Report of the Indian Hemp Drugs Commission, 1894-1895 - Volume VIII
Year: 1894
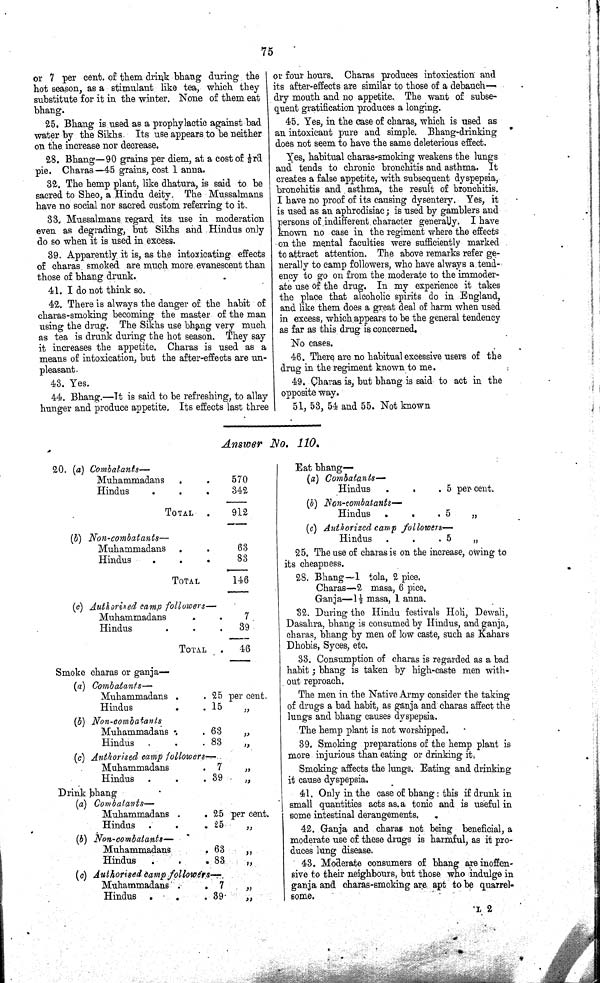
75
or 7 per cent. of them drink bhang during the
hot season, as a stimulant like tea, which they
substitute for it in the winter. None of them eat
bhang.
25. Bhang is used as a prophylactic against bad
water by the Sikhs. Its use appears to be neither
on the increase nor decrease.
28. Bhang—90 grains per diem, at a cost of 1/3rd
pie. Charas—45 grains, cost 1 anna.
32. The hemp plant, like dhatura, is said to be
sacred to Sheo, a Hindu deity. The Mussalmans
have no social nor sacred custom referring to it.
33. Mussalmans regard its use in moderation
even as degrading, but Sikhs and Hindus only
do so when it is used in excess.
39. Apparently it is, as the intoxicating effects
of charas smoked are much more evanescent than
those of bhang drunk.
41. I do not think so.
42. There is always the danger of the habit of
charas-smoking becoming the master of the man
using the drug. The Sikhs use bhang very much
as tea is drunk during the hot season. They say
it increases the appetite. Charas is used as a
means of intoxication, but the after-effects are un-
pleasant.
43. Yes.
44. Bhang.—It is said to be refreshing, to allay
hunger and produce appetite. Its effects last three
or four hours. Charas produces intoxication and
its after-effects are similar to those of a debauch—
dry mouth and no appetite. The want of subse-
quent gratification produces a longing.
45. Yes, in the case of charas, which is used as
an intoxicant pure and simple. Bhang-drinking
does not seem to have the same deleterious effect.
Yes, habitual charas-smoking weakens the lungs
and tends to chronic bronchitis and asthma. It
creates a false appetite, with subsequent dyspepsia,
bronchitis and asthma, the result of bronchitis.
I have no proof of its causing dysentery. Yes, it
is used as an aphrodisiac; is used by gamblers and
persons of indifferent character generally. I have
known no case in the regiment where the effects
on the mental faculties were sufficiently marked
to attract attention. The above remarks refer ge-
nerally to camp followers, who have always a tend-
ency to go on from the moderate to the immoder-
ate use of the drug. In my experience it takes
the place that alcoholic spirits do in England,
and like them does a great deal of harm when used
in excess, which appears to be the general tendency
as far as this drug is concerned.
No cases.
46. There are no habitual excessive users of the
drug in the regiment known to me.
49. Charas is, but bhang is said to act in the
opposite way.
51, 53, 54 and 55. Not known
Answer No. 110.
20. (a) Combatants—
Muhammadans
570
Hindus
342
TOTAL
912
(b) Non-combatants—
Muhammadans
63
Hindus
83
TOTAL
146
(c) Authorised camp followers—
Muhammadans
7
Hindus
39
TOTAL
46
Smoke charas or ganja—
(a) Combatants—
Muhammadans
25 per cent
Hindus
15
"
(5) Non-combatants
Muhammadans
63 "
Hindus
83
"
(c) Authorised camp followers—
Muhammadans
7 "
Hindus
39
"
Drink bhang
(a) Combatants—
Muhammadans
25 per cent.
Hindus
25
"
(b) Non-combatants—
Muhammadans
63
"
Hindus
83
"
(c) Authorised camp followers—
Muhammadans
7 "
Hindus
39
"
Eat bhang—
(a) Combatants—
Hindus
5 per cent.
(b) Non-combatants—
Hindus
5
"
(c) Authorized camp followers—
Hindus
5
"
25. The use of charas is on the increase, owing to
its cheapness.
28. Bhang—1 tola, 2 pice.
Charas—2 masa, 6 pice.
Ganja—11/2 masa, 1 anna.
32. During the Hindu festivals Holi, Dewali,
Dasahra, bhang is consumed by Hindus, and ganja,
charas, bhang by men of low caste, such as Kahars
Dhobis, Syces, etc.
33. Consumption of charas is regarded as a bad
habit; bhang is taken by high-caste men with-
out reproach.
The men in the Native Army consider the taking
of drugs a bad habit, as ganja and charas affect the
lungs and bhang causes dyspepsia.
The hemp plant is not worshipped.
39. Smoking preparations of the hemp plant is
more injurious than eating or drinking it,
Smoking affects the lungs. Eating and drinking
it cause dyspepsia.
41. Only in the case of bhang: this if drunk in
small quantities acts as a tonic and is useful in
some intestinal derangements.
42. Ganja and charas not being beneficial, a
moderate use of these drugs is harmful, as it pro-
duces lung disease.
43. Moderate consumers of bhang are inoffen-
sive to their neighbours, but those who indulge in
ganja and charas-smoking are apt to be quarrel-
some.
L 2